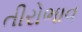
તીરોભાવ